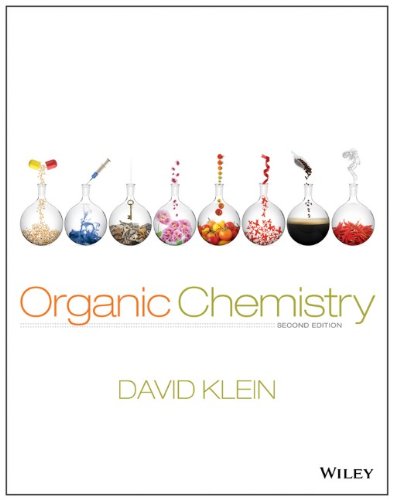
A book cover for Organic Chemistry, 2nd Edition; David R. Klein; Science & Math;